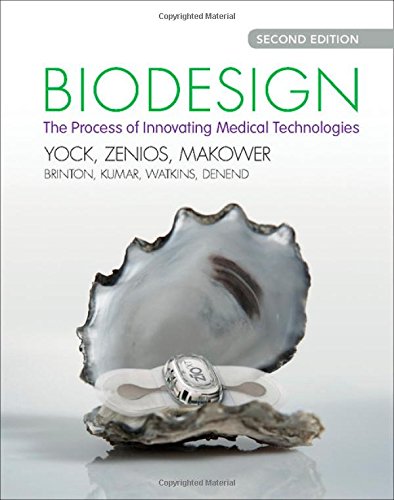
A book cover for Biodesign: The Process of Innovating Medical Technologies; Paul G. Yock; Engineering & Transportation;